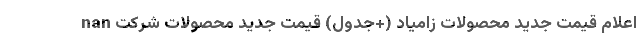
nan اعلام قیمت جدید محصولات زامیاد (+جدول) قیمت جدید محصولات شرکت